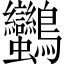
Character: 𪈿